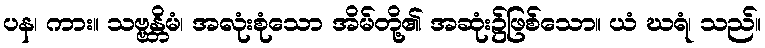
ပန၊ ကား။ သဗ္ဗန္တိမံ၊ အလုံးစုံသော အိမ်တို့၏ အဆုံး၌ဖြစ်သော။ ယံ ဃရံ၊ သည်။